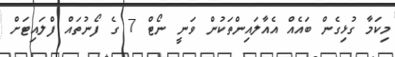
މިކަމާ ގުޅިގެން ބައެއް އެއާލައިންތަކުން ވަނީ ނޯޓް 7 ގެ ފޯނުތައް ފްލައިޓަށް